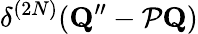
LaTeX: \delta^{(2N)}(\mathbf{Q}^{\prime\prime}-{\cal P}\mathbf{Q})